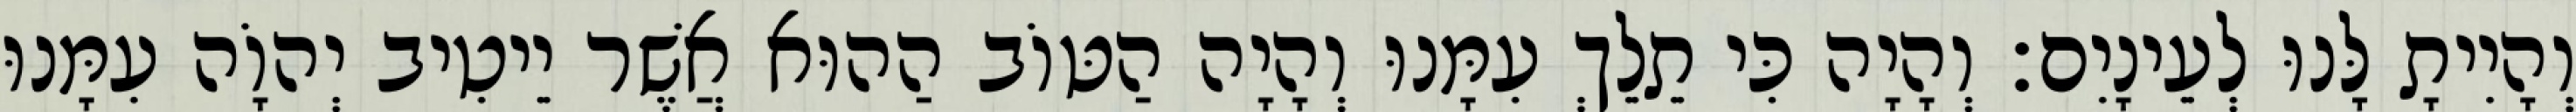
וְהָיִיתָ לָּנוּ לְעֵינָיִם׃ וְהָיָה כִּי תֵלֵךְ עִמָּנוּ וְהָיָה הַטּוֹב הַהוּא אֲשֶׁר יֵיטִיב יְהוָֹה עִמָּנוּ